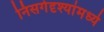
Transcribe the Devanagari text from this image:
निसर्गदृश्यांमध्ये